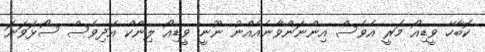
ކޮބާހޭ ވީޑިއޯ މަރީ އެވެސް އިންނަންވާނެއެއްނު ނޫނީ ވީޑިއޯ ލިންކް އަދިވެސް ސޯޅަވަނަ